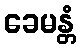
ခေမန္တံ